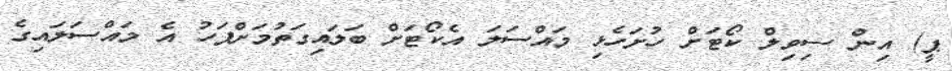
ޕީ) އިން ސިވިލް ކޯޓަށް ހުށަހެޅި މައްސަލަ އެކޯޓަށް ބަލައިގަތުމަށްފަހު އެ މައްސަލައިގެ